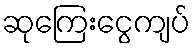
ဆုကြေးငွေကျပ်